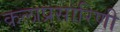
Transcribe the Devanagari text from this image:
कलाप्रसारिणी